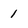
Character: 1